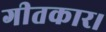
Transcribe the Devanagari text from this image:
गीतकार।